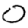
Digit: 0